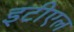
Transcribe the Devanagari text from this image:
इटीएल